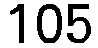
105